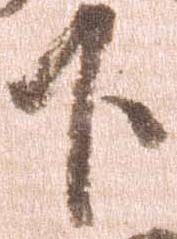
下